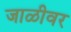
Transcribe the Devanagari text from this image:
जाळीवर